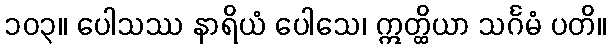
၁၀၃။ ပေါသဿ နာရိယံ ပေါသေ၊ ဣတ္ထိယာ သင်္ဂမံ ပတိ။